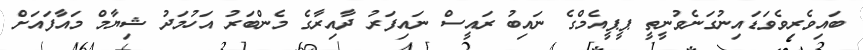
ބައިވެރިވެވަޑައިނުގަނެވުނީތީ ޕީޕީއެމްގެ ނައިބު ރައީސް ނައިފަރު ދާއިރާގެ މެންބަރު އަހުމަދު ޝިޔާމް މައާފައަށް